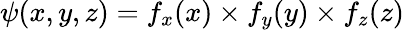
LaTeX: \psi(x,y,z)=f_{x}(x)\times f_{y}(y)\times f_{z}(z)